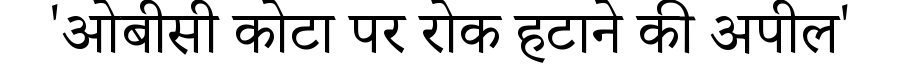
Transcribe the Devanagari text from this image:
'ओबीसी कोटा पर रोक हटाने की अपील'